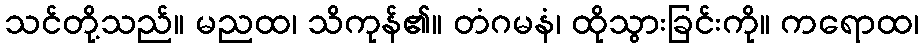
သင်တို့သည်။ မညထ၊ သိကုန်၏။ တံဂမနံ၊ ထိုသွားခြင်းကို။ ကရောထ၊